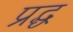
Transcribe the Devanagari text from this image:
प्रद्ध